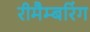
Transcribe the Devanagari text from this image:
रीमैम्बरिंग